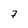
Character: 7